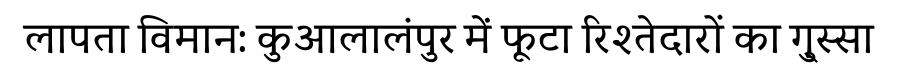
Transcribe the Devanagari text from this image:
लापता विमान: कुआलालंपुर में फूटा रिश्तेदारों का गु्स्सा